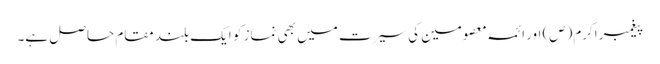
پیغمبر اکرم(ص) اور ائمہ معصومین کی سیرت میں بھی نماز کو ایک بلند مقام حاصل ہے۔